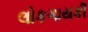
લોકગાયકી